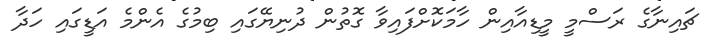
ޗައިނާގެ ރަސްމީ މީޑިއާއިން ހާމަކޮށްފައިވާ ގޮތުން ދުނިޔޭގައި ބިމުގެ އެންމެ އަޑީގައި ހަދާ